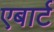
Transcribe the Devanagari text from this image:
एबार्ट